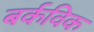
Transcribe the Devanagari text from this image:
बर्कविक